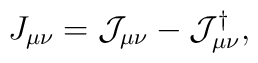
J_{\mu\nu} = \mathcal{J}_{\mu\nu} - \mathcal{J}^\dagger_{\mu\nu},